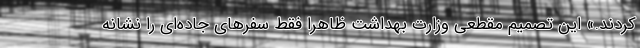
کردند.» این تصمیم مقطعی وزارت بهداشت ظاهرا فقط سفرهای جاده‌ای را نشانه